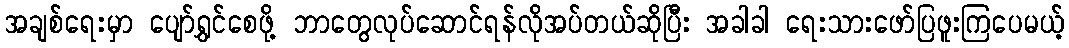
အချစ်ရေးမှာ ပျော်ရွှင်စေဖို့ ဘာတွေလုပ်ဆောင်ရန်လိုအပ်တယ်ဆိုပြီး အခါခါ ရေးသားဖော်ပြဖူးကြပေမယ့်